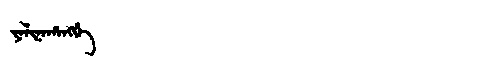
Manchu: ᠶᠠᠯᡳᠨᠠᡥᠠᠩᡤᡝ
Romanization: YALINAHANGGE